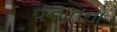
પનાતનો